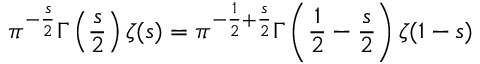
\pi ^ { - { \frac { s } { 2 } } } \Gamma \left( { \frac { s } { 2 } } \right) \zeta ( s ) = \pi ^ { - { \frac { 1 } { 2 } } + { \frac { s } { 2 } } } \Gamma \left( { \frac { 1 } { 2 } } - { \frac { s } { 2 } } \right) \zeta ( 1 - s )